Leaving Certificate Examination (including Day School Certificate (Higher) General paper), 1932
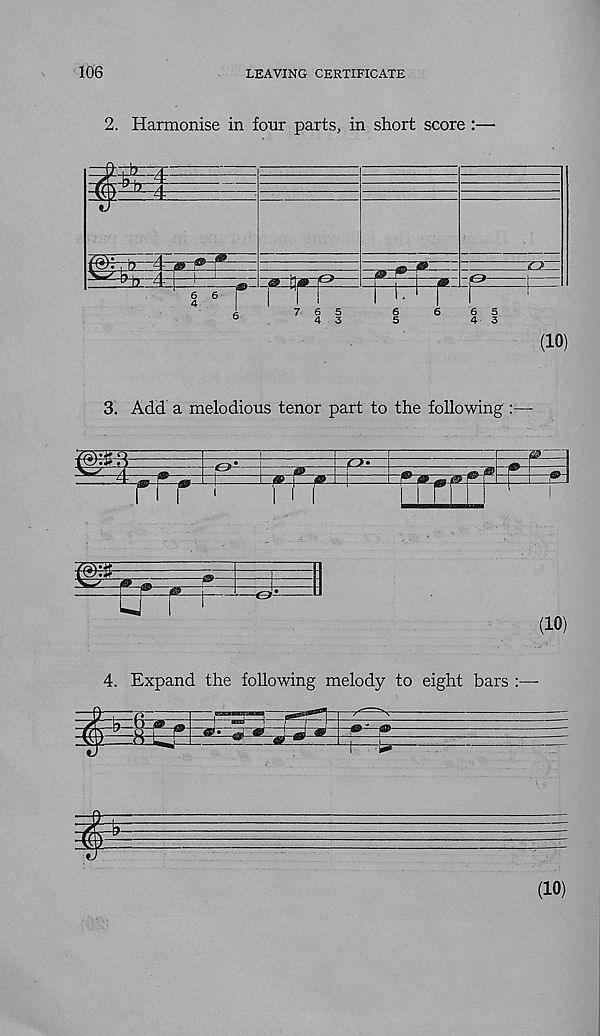
106
LEAVING CERTIFICATE
2. Harmonise in four parts, in short score :—
3. Add a melodious tenor part to the following :—-
4. Expand the following melody to eight bars :—-
P
(10)